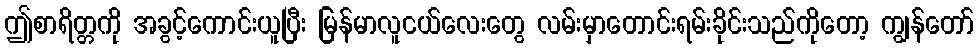
ဤစာရိတ္တကို အခွင့်ကောင်းယူပြီး မြန်မာလူငယ်လေးတွေ လမ်းမှာတောင်းရမ်းခိုင်းသည်ကိုတော့ ကျွန်တော်